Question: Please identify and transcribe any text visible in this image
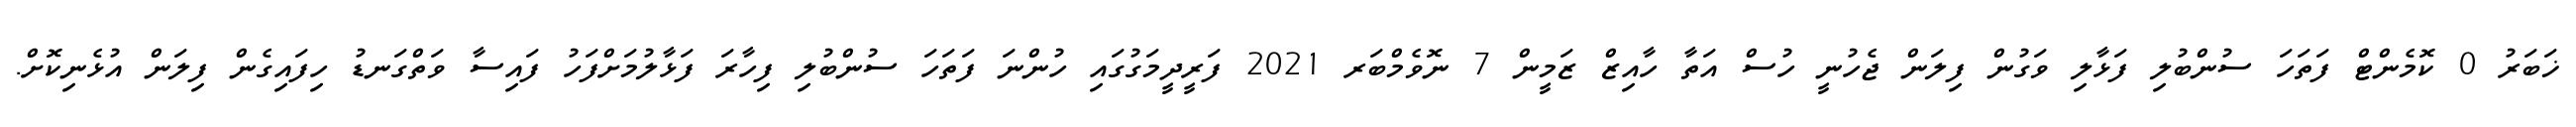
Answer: ޚަބަރު 0 ކޮމެންޓް ފަތަހަ ސުންބުލި ފަޅާލި ވަގުން ފިލަން ޖެހުނީ ހުސް އަތާ ހާއިޒް ޒަމީން 7 ނޮވެމްބަރ 2021 ފަރީދީމަގުގައި ހުންނަ ފަތަހަ ސުންބުލި ފިހާރަ ފަޅާލުމަށްފަހު ފައިސާ ވަތްގަނޑު ހިފައިގެން ފިލަން އުޅެނިކޮށް.